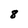
Character: 8